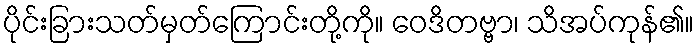
ပိုင်းခြားသတ်မှတ်ကြောင်းတို့ကို။ ဝေဒိတဗ္ဗာ၊ သိအပ်ကုန်၏။